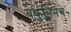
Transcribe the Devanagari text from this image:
बकुनिनचे